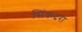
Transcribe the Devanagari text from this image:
सिंकदरा